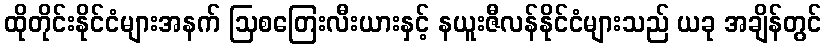
ထိုတိုင်းနိုင်ငံများအနက် ဩစတြေးလီးယားနှင့် နယူးဇီလန်နိုင်ငံများသည် ယခု အချိန်တွင်